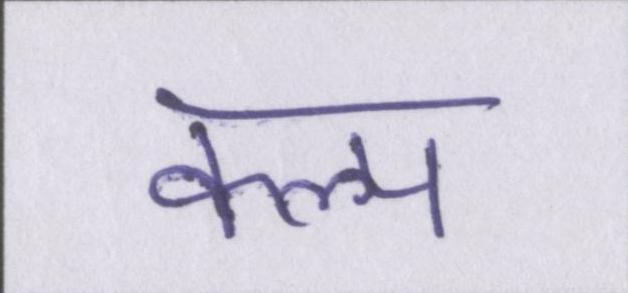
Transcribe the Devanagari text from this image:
कल्प